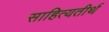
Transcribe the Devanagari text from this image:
साहित्यतीर्थ